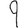
Digit: 9